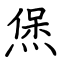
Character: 㷛